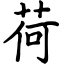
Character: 荷